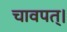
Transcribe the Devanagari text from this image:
चावपत्।